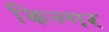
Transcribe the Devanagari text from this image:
किल्‍गर